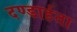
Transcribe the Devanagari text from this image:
दण्डार्हता